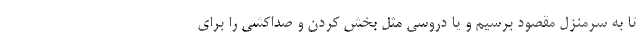
تا به سرمنزل مقصود برسیم و یا دروسی مثل بخش کردن و صداکشی را برای